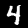
Label: 4